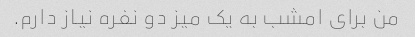
من برای امشب به یک میز دو نفره نیاز دارم.